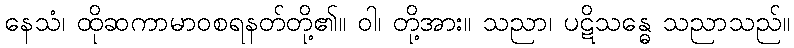
နေသံ၊ ထိုဆကာမာဝစရနတ်တို့၏။ ဝါ၊ တို့အား။ သညာ၊ ပဋိသန္ဓေ သညာသည်။